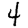
Digit: 4